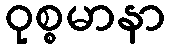
ဝုစ္စမာနာ